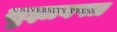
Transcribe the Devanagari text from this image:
सुझावपत्र